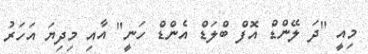
މިއީ "ދަ ލޭންޑް އޮފް ބްލަޑް އެންޑް ހަނީ" އާއި މިދިޔަ އަހަރު